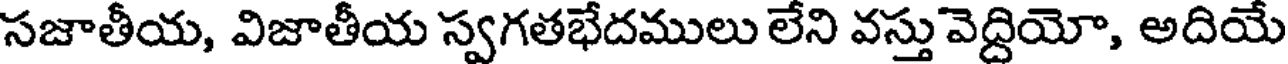
సజాతీయ, విజాతీయ స్వగతభేదములు లేని వస్తు వెద్దియో, అదియే